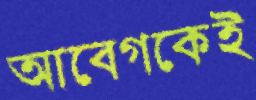
আবেগকেই